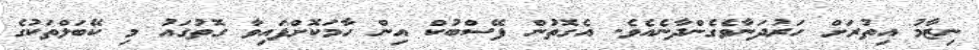
ނިޒާމު އިތުރަށް ހަރުދަނާވެގެންދާނެއެވެ. އެގޮތުން ފޭސްބުކް އިން ހާމަކޮށްފައިވާ ގޮތުގައު މި ކޭބަލްތަކުގެ